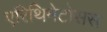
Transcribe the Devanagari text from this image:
एरिथिमेटोसस